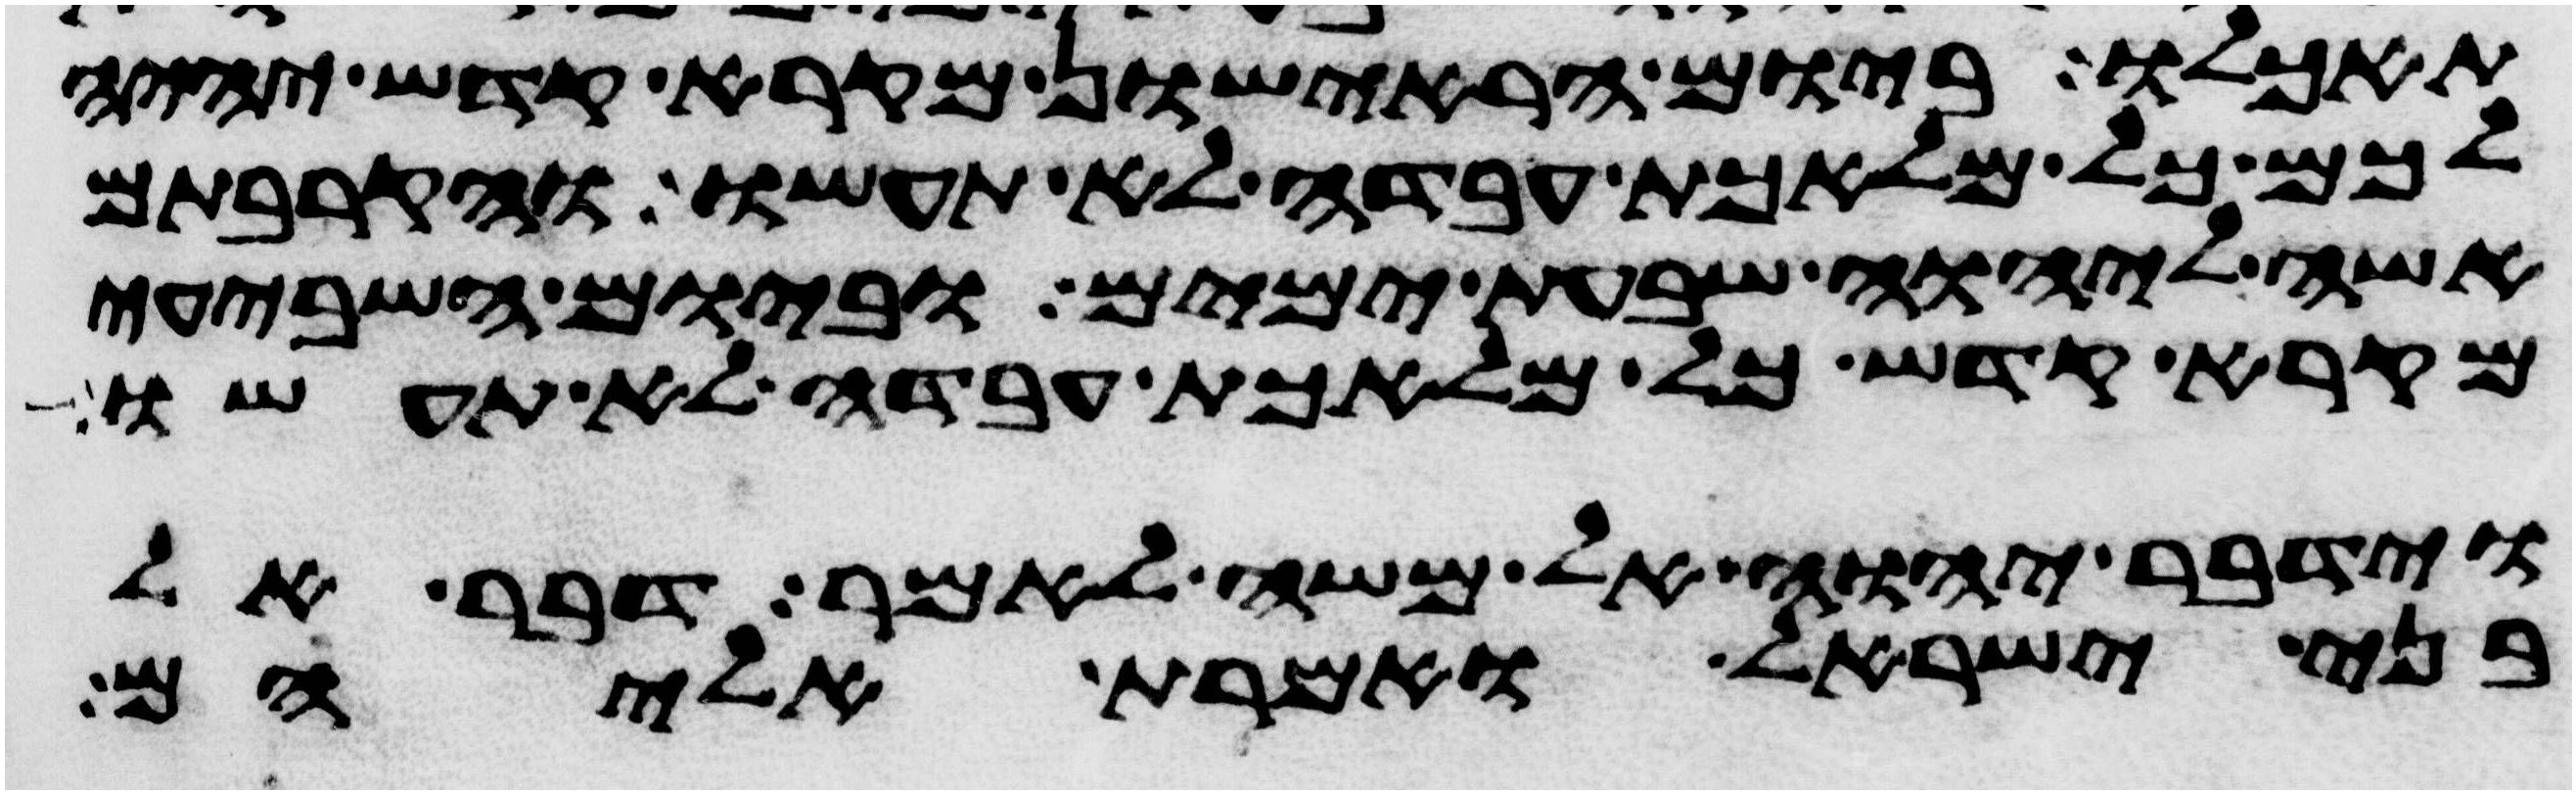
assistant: תאכלו ביום הראישון מקרא קדש יהיה
לכם כל מלאכת עבדה לא תעשו והקרבתם
אשה ליהוה שבעת ימים וביום השביעי
מקרא קדש כל מלאכת עבדה לא תעשו
וידבר יהוה אל משה לאמר דבר אל
בני ישראל ואמרת אליהם